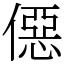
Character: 僫